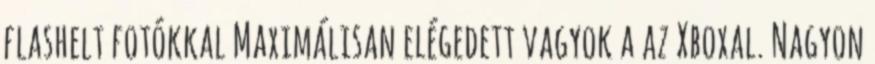
flashelt fotókkal Maximálisan elégedett vagyok a az Xboxal. Nagyon